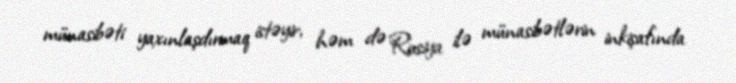
münasibəti yaxınlaşdırmaq istəyir, həm də Rusiya ilə münasibətlərin inkişafında